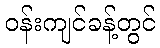
ဝန်းကျင်ခန့်တွင်